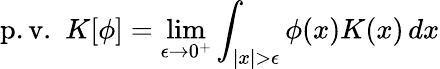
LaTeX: \operatorname{p.v.}\, \, K[\phi]=\operatorname*{lim}_{\epsilon\to 0^{+}}\int_{|x|>\epsilon}\phi(x)K(x)\, dx